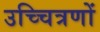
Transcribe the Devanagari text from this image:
उच्चित्रणों